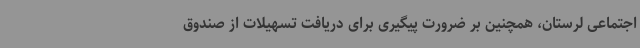
اجتماعی لرستان، همچنین بر ضرورت پیگیری برای دریافت تسهیلات از صندوق